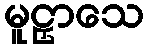
မူဠှာသေ